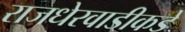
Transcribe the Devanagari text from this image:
राजधेरवाडीकडे